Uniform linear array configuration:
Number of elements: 8
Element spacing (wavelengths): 1
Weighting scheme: cosine
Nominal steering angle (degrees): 15
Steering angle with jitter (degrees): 15.016
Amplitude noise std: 0.05
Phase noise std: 0.05

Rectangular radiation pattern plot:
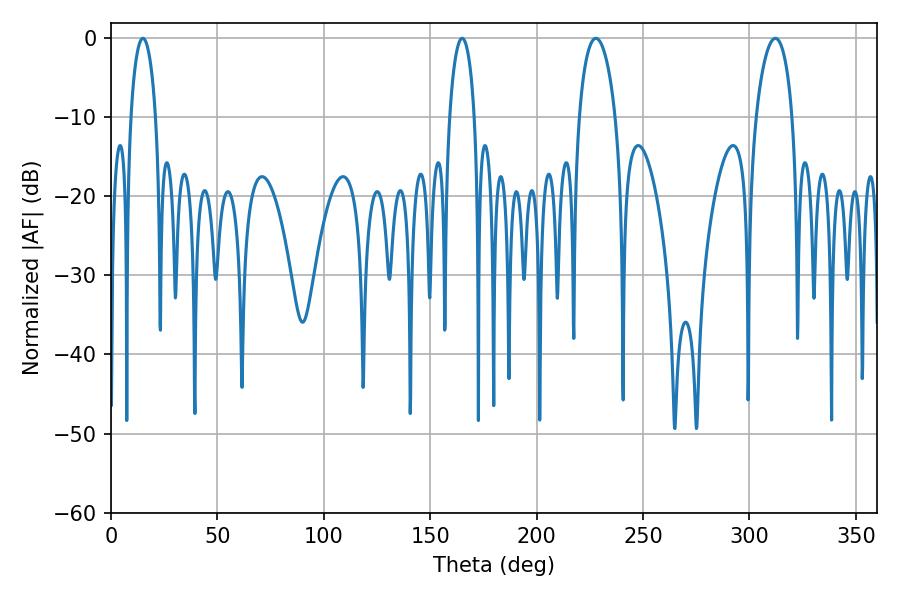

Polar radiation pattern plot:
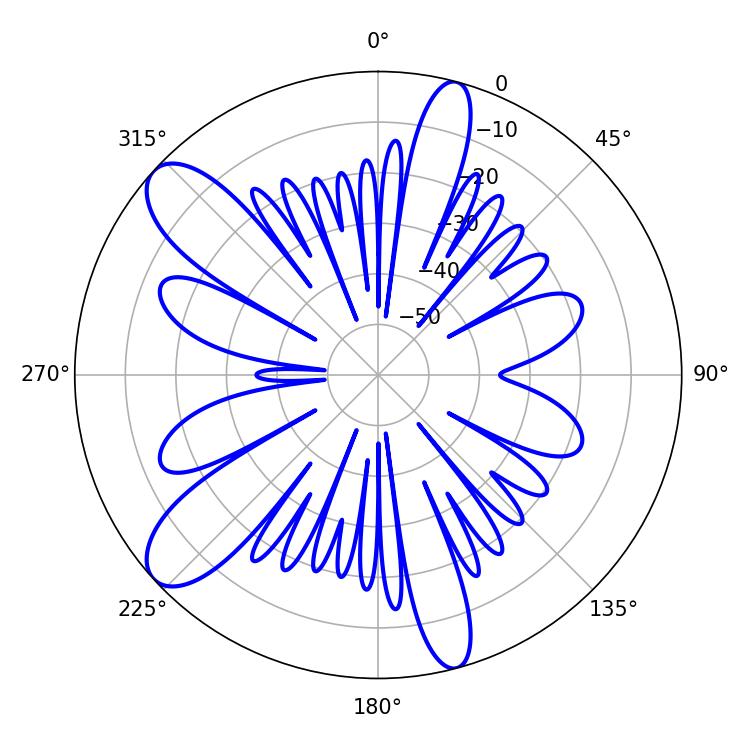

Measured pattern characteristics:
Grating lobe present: TRUE
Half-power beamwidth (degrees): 9.72
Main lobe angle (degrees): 312.12